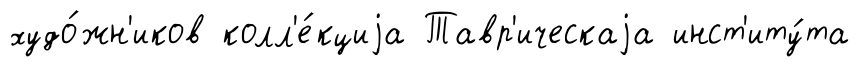
худо́жн'иков колл'е́кциjа Тавр'ическаjа инст'иту́та